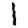
Digit: 1